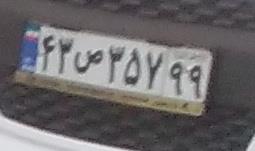
۴۳ص۳۵۷۹۹